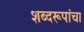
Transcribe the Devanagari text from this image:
शब्दरूपांचा